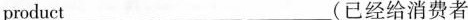
product___ ___ ___(已经给消费者